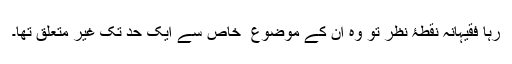
رہا فقیہانہ نقطۂ نظر تو وہ ان کے موضوع ِ خاص سے ایک حد تک غیر متعلق تھا۔